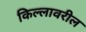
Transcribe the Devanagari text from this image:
किल्लावरील